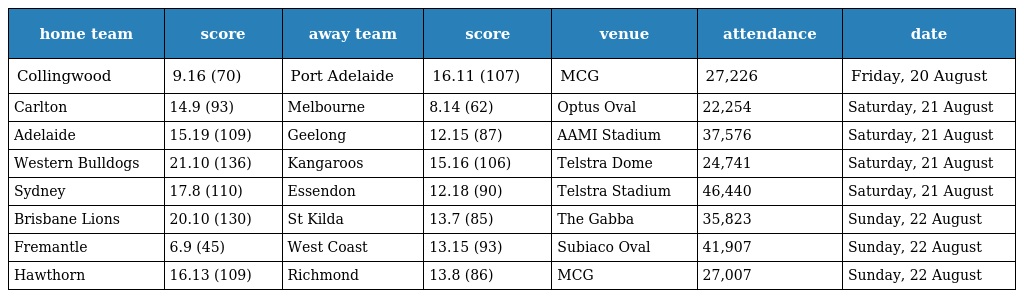
| home team | score | away team | score | venue | attendance | date |
 | --- | --- | --- | --- | --- | --- | --- |
 | Collingwood | 9.16 (70) | Port Adelaide | 16.11 (107) | MCG | 27,226 | Friday, 20 August |
 | Carlton | 14.9 (93) | Melbourne | 8.14 (62) | Optus Oval | 22,254 | Saturday, 21 August |
 | Adelaide | 15.19 (109) | Geelong | 12.15 (87) | AAMI Stadium | 37,576 | Saturday, 21 August |
 | Western Bulldogs | 21.10 (136) | Kangaroos | 15.16 (106) | Telstra Dome | 24,741 | Saturday, 21 August |
 | Sydney | 17.8 (110) | Essendon | 12.18 (90) | Telstra Stadium | 46,440 | Saturday, 21 August |
 | Brisbane Lions | 20.10 (130) | St Kilda | 13.7 (85) | The Gabba | 35,823 | Sunday, 22 August |
 | Fremantle | 6.9 (45) | West Coast | 13.15 (93) | Subiaco Oval | 41,907 | Sunday, 22 August |
 | Hawthorn | 16.13 (109) | Richmond | 13.8 (86) | MCG | 27,007 | Sunday, 22 August |